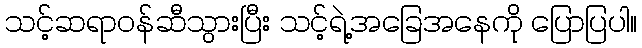
သင့်ဆရာဝန်ဆီသွားပြီး သင့်ရဲ့အခြေအနေကို ပြောပြပါ။